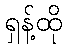
ရှန့်ထို